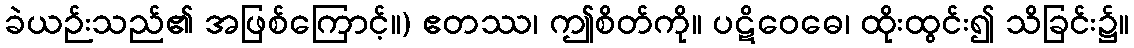
ခဲယဉ်းသည်၏ အဖြစ်ကြောင့်။) ဧတဿ၊ ဤစိတ်ကို။ ပဋိဝေဓေ၊ ထိုးထွင်း၍ သိခြင်း၌။